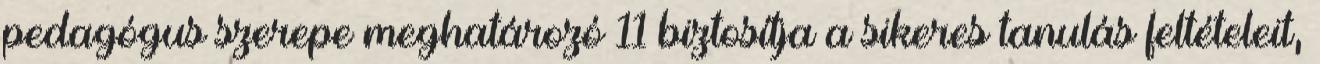
pedagógus szerepe meghatározó 11 biztosítja a sikeres tanulás feltételeit,